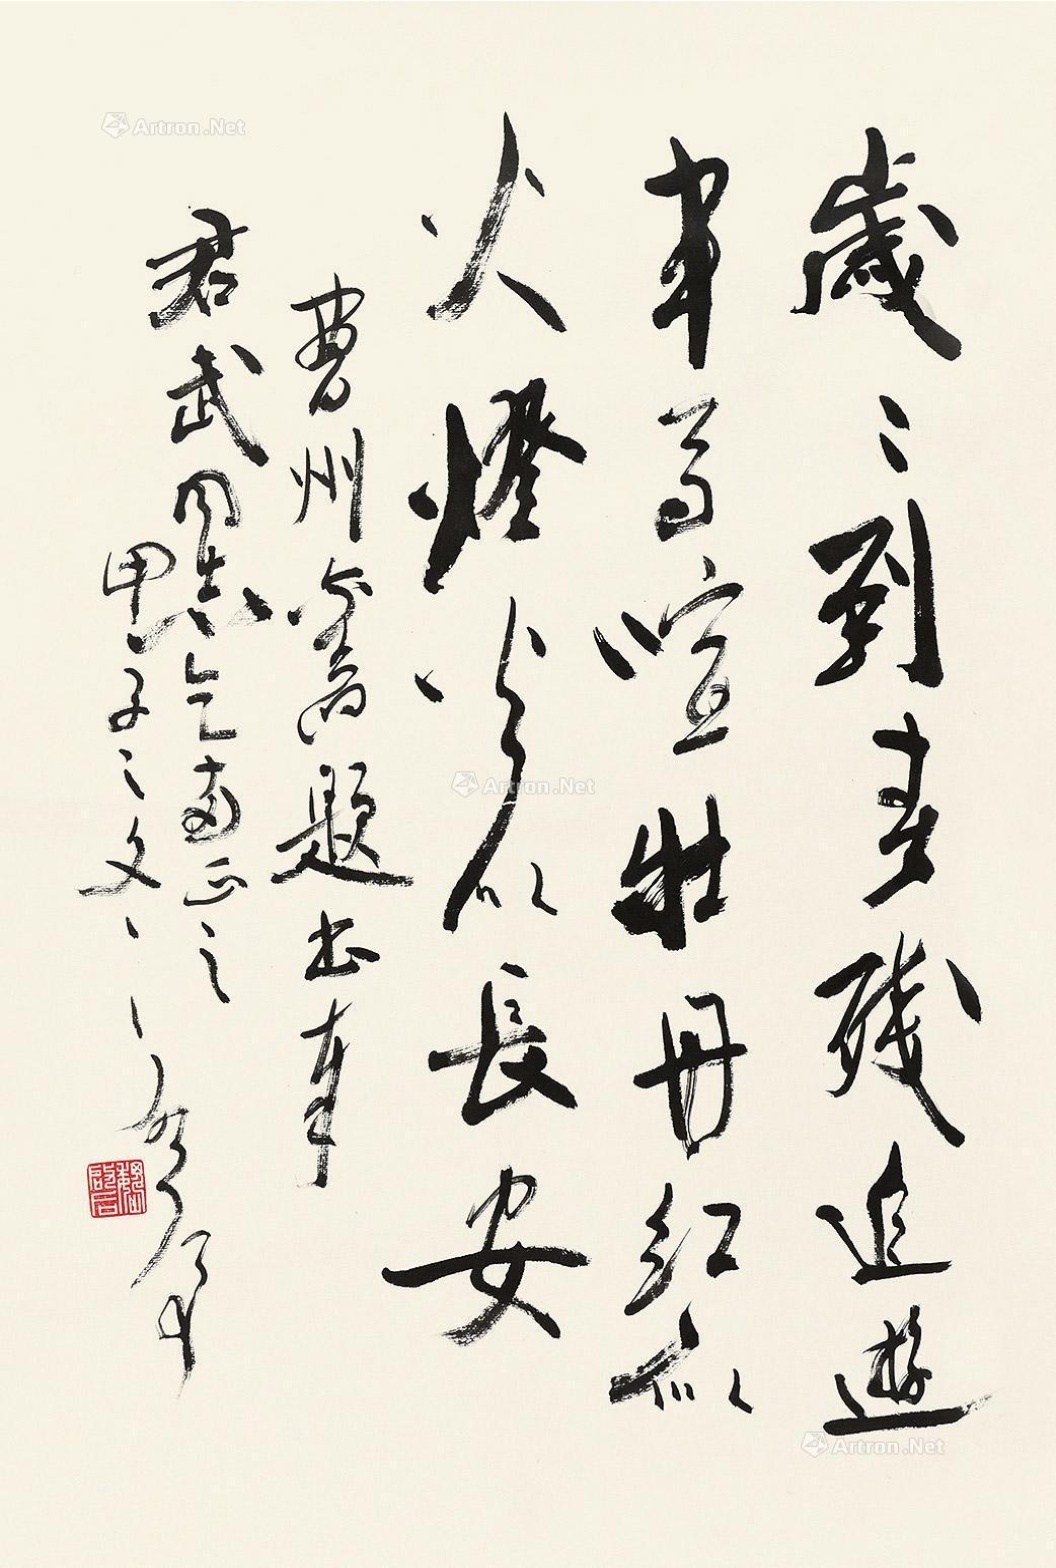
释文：岁岁到春残，追游车马喧。牡丹红似火，灯火似长安。曹州旧题书奉君武同志乞两正之，甲子之冬，启后。